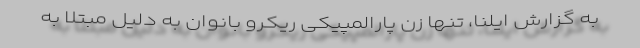
به گزارش ایلنا، تنها زن پارالمپیکی ریکرو بانوان به دلیل مبتلا به